Annual report of the Civil Veterinary Department, Bengal, for the year 1897-98 - 1897-1898
Year: 1897
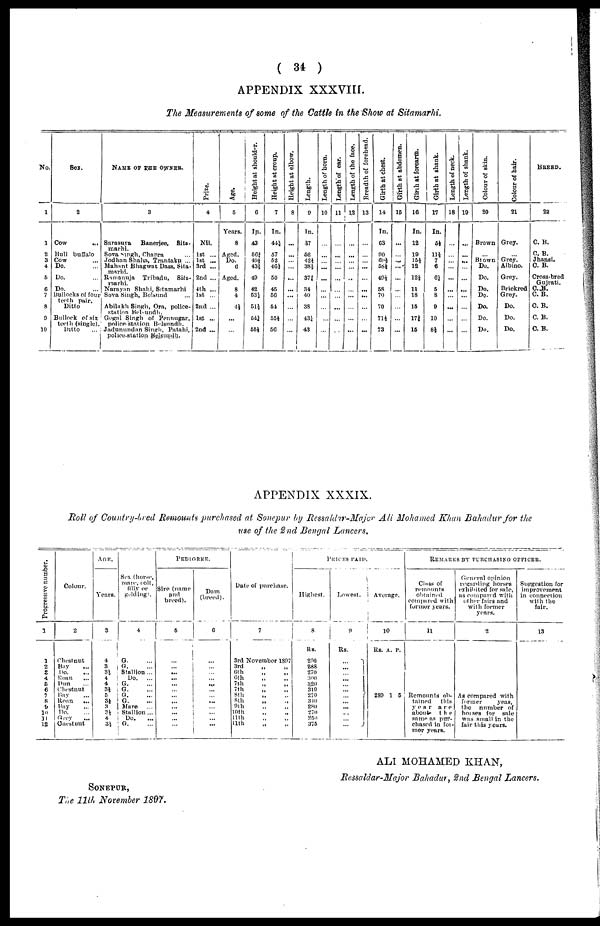
( 34 )
APPENDIX XXXVIII.
The Measurements of some of the Cattle in the Show at Sitamarhi.
No.
1
1
2
3
4
5
6
7
8
9
10
Sex.
2
Cow ...
Hull buffalo
Cow ...
Do. ...
Do. ...
Do. ...
Bullocks of four
teeth pair.
Ditto
Bullock of six
teeth (single).
Ditto ...
NAME OF THE OWNER.
3
Sarasuva
Banerjee,
Sits-
marhi.
Sova Singh, Chapra ...
Jodhan Shaha, Trantaku ...
Muhant Bhagwat Dass, Sita-
marhi.
Ramanuja
Tribadu,
Sita-
marhi.
Naruyan Shahi, Sitamarhi
Sova Singh, Belsund ...
Abilakh Singh, Ora, police-
station
Belsundh.
Gogal Singh of Pennugar,
police-station
Belsundh.
Jadunundan Singh, Patahi,
police-station Belsundh.
Prize.
4
Nil.
1st ...
1st ...
3rd ...
2nd ...
4th ...
1st ...
2nd ...
1st ...
2nd ...
Age.
5
Years.
8
Aged.
Do.
6
Aged.
8
4
4½
...
...
Height at shoulder.
6
In.
43
56½
49½
43½
49
42
53½
51½
54¼
55½
Height at croup.
7
In.
44½
57
52
46½
50
45
56
54
55½
56
Height at elbow.
8
...
...
...
...
...
...
...
...
...
...
Length.
9
In.
37
52
42½
38½
37¾
34
40
38
43¼
43
Length of horn.
10
...
...
...
...
...
...
...
...
...
...
Length of ear.
11
...
...
...
...
...
...
...
...
...
...
Length of the face.
12
...
...
...
...
...
...
...
...
...
...
Breadth of forehead.
13
...
...
...
...
...
...
...
...
...
...
Girth at chest.
14
In.
03
90
69½
58½
49½
58
70
70
71½
73
Girth at abdomen.
15
...
...
...
...
...
...
...
...
...
...
Girth
at forearm.
16
In.
12
19
15½
12
12½
11
18
15
17¾
15
Girth at shank.
17
In.
5½
11½
7
6
6½
5
8
9
10
8½
Length of neck.
18
...
...
...
...
...
...
...
...
...
...
Length of shank.
19
...
...
...
...
...
...
...
...
...
...
Colour of skin.
20
Brown
...
Brown
Do.
Do.
Do.
Do.
Do.
Do.
Do.
Colour of hair.
21
Grey.
...
Grey.
Albino.
Grey.
Brickred
Grey.
Do.
Do.
Do.
BREED.
22
C. B.
C. B.
Jhansi.
C. B.
Cross-bred
Gujrati.
C. B.
C. B.
C. B.
C. B.
C. B.
APPENDIX XXXIX.
Boll of Country-bred Remounts purchased at Sonepur by Ressaldur-Majer Ali Mohamed Khun Bahadur for the
use of the 2nd Bengal Lancers,
Progressive number.
1
1
2
2
4
6
6
7
8
9
10
11
12
Colour.
2
Chestnut
Bay ...
Do. ...
Boan ...
Dun ...
Chestnut
Hay ...
Roan
...
Bay ...
Do. ...
Grey ...
Chestnut
AGE.
Years.
3
4
3
31
4
4
31
5
3½
3 31
4
3½
Sex (horse,
mare, colt,
filly or
gelding).
4
G. ...
G. ...
Stallion ...
Do.
...
G. ...
G. ...
G. ...
G. ...
Mare ...
Stallion ...
Do. ...
G. ...
PEDIGREE.
Sire (name
and
breed).
5
...
...
...
...
...
...
...
...
...
...
...
...
Dam
(breed).
6
...
...
...
...
...
...
...
...
...
...
...
...
Date of purchase.
7
3rd November 1897
3rd
„ "
6th
„
„
6th " "
7th " "
7th " "
8th " "
8th
"
"
9th " "
10th " "
11th " "
11th " "
PRICES PAID.
Highest.
8
Rs.
290
288
270
300
320
310
270
310
2X0
270
250
375
Lowest.
9
Rs.
...
...
...
...
...
...
...
...
...
...
...
...
Average.
10
Rs. a. p.
289 1 5
REMARKS BY PURCHASING OFFICER.
Class
of
remounts
obtained
compared with
former years.
11
Remounts ob-
tained
this
year are
about
the
same as pur-
chased in for-
mer years.
General opinion
regarding horses
exhibited for sale,
as compared with
other fairs and
with former
years.
2
As compared with
former
yeas.
the
number of
horses for sale
was small in the
fair this years.
Suggestion for
improvement
in connection
with the
fair.
13
ALI MOHAMED KHAN,
Ressaldar-Major Bahadur, 2nd Bengal Lancers.
SONEPUR,
The 11th November 1897.